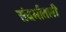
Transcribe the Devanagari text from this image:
संदर्भातली